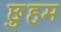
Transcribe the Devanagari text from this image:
छुहम